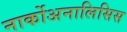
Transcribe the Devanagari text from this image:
नार्कोअनालिसिस